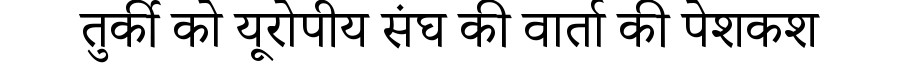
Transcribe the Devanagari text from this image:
तुर्की को यूरोपीय संघ की वार्ता की पेशकश